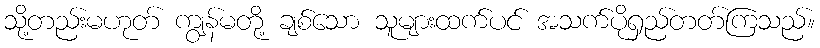
သို့တည်းမဟုတ် ကျွန်မတို့ ချစ်သော သူများထက်ပင် အသက်ပိုရှည်တတ်ကြသည်။